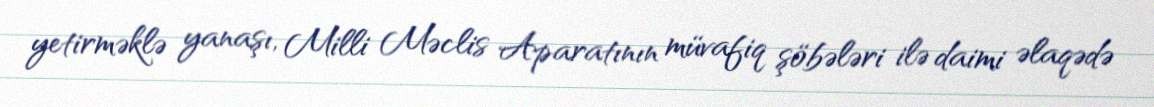
yetirməklə yanaşı, Milli Məclis Aparatının müvafiq şöbələri ilə daimi əlaqədə